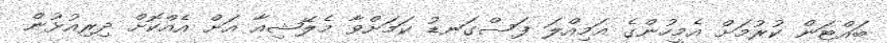
ބައްޓަން ކުރުމަށް އެމީހުންގެ އަމިއްލަ ފަސްގަނޑު ކަމަށްވާ މެލޭޝިއާ އަށް އެއްކޮށް ދިރިއުޅުން